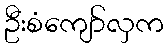
ဦးစံကျော်လှက